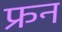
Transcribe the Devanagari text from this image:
फ्रन